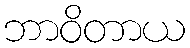
ဘာဝိတာယ